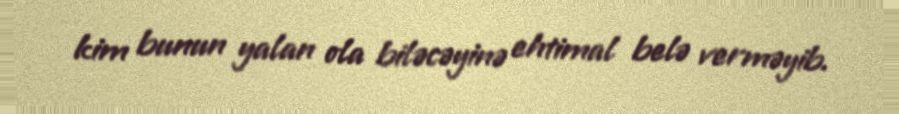
kim bunun yalan ola biləcəyinə ehtimal belə verməyib.